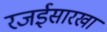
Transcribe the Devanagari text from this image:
रजईसारखा